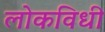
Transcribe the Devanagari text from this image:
लोकविधी